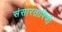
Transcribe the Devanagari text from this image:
संसारतारिणी